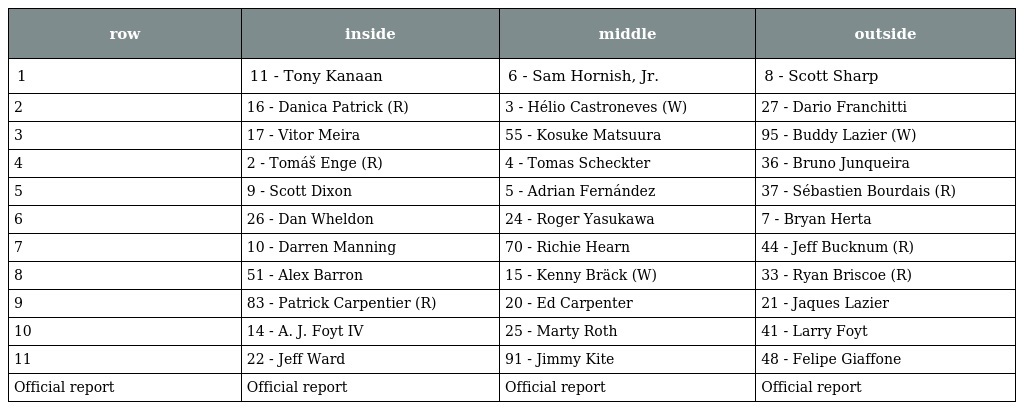
| row | inside | middle | outside |
 | --- | --- | --- | --- |
 | 1 | 11 - Tony Kanaan | 6 - Sam Hornish, Jr. | 8 - Scott Sharp |
 | 2 | 16 - Danica Patrick (R) | 3 - Hélio Castroneves (W) | 27 - Dario Franchitti |
 | 3 | 17 - Vitor Meira | 55 - Kosuke Matsuura | 95 - Buddy Lazier (W) |
 | 4 | 2 - Tomáš Enge (R) | 4 - Tomas Scheckter | 36 - Bruno Junqueira |
 | 5 | 9 - Scott Dixon | 5 - Adrian Fernández | 37 - Sébastien Bourdais (R) |
 | 6 | 26 - Dan Wheldon | 24 - Roger Yasukawa | 7 - Bryan Herta |
 | 7 | 10 - Darren Manning | 70 - Richie Hearn | 44 - Jeff Bucknum (R) |
 | 8 | 51 - Alex Barron | 15 - Kenny Bräck (W) | 33 - Ryan Briscoe (R) |
 | 9 | 83 - Patrick Carpentier (R) | 20 - Ed Carpenter | 21 - Jaques Lazier |
 | 10 | 14 - A. J. Foyt IV | 25 - Marty Roth | 41 - Larry Foyt |
 | 11 | 22 - Jeff Ward | 91 - Jimmy Kite | 48 - Felipe Giaffone |
 | Official report | Official report | Official report | Official report |